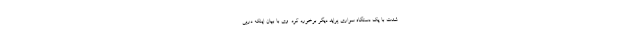
شدت با یک دستگاه سواری پراید دیگر برخورد کرد. وی با بیان اینکه درپی